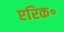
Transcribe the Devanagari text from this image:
एरिक॰